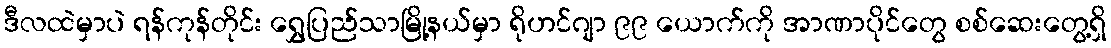
ဒီလထဲမှာပဲ ရန်ကုန်တိုင်း ရွှေပြည်သာမြို့နယ်မှာ ရိုဟင်ဂျာ ၉၉ ယောက်ကို အာဏာပိုင်တွေ စစ်ဆေးတွေ့ရှိ